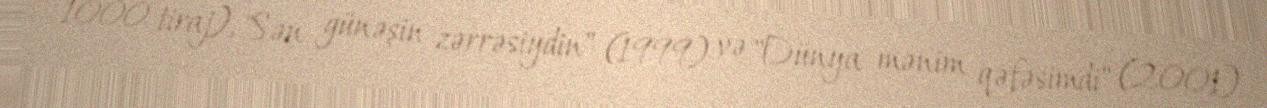
1000 tiraj), "Sən günəşin zərrəsiydin" (1999) və "Dünya mənim qəfəsimdi" (2001)